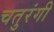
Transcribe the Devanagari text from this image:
चतुरंगी